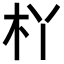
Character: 𣏎